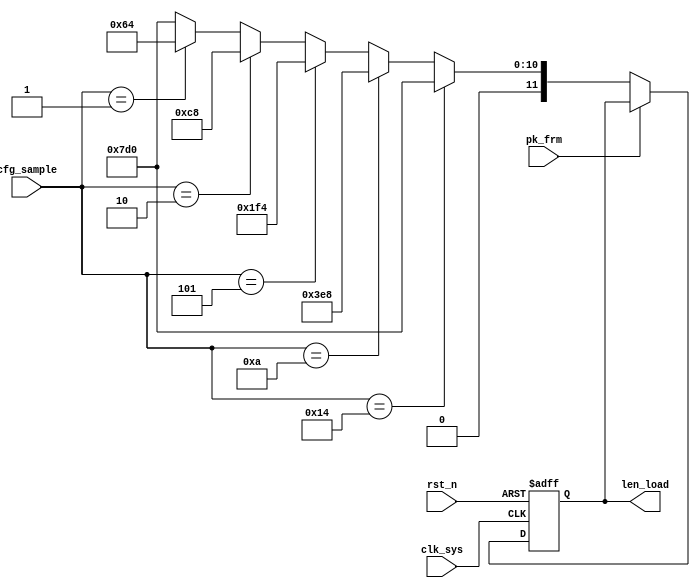
//pack_base.v

module pack_base(
len_load,
pk_frm,
cfg_sample,
//clk rst
clk_sys,
rst_n
);
output [11:0]	len_load;
input					pk_frm;
input [7:0]		cfg_sample;
//clk rst
input clk_sys;
input rst_n;
//-------------------------------------------
//-------------------------------------------

reg [11:0] len_load;
always @ (posedge clk_sys or negedge rst_n)	begin
	if(~rst_n)
		len_load <= 12'h0;
	else if(~pk_frm) begin
`ifdef SIM
		len_load <= (cfg_sample == 8'd20) ? 12'd20 :
								(cfg_sample == 8'd10) ? 12'd10 :
								(cfg_sample == 8'd5) ? 12'd5 :
								(cfg_sample == 8'd2) ? 12'd2 :
								(cfg_sample == 8'd1) ? 12'd1 : 12'd20;
`else 
		len_load <= (cfg_sample == 8'd20) ? 12'd2000 :
								(cfg_sample == 8'd10) ? 12'd1000 :
								(cfg_sample == 8'd5) ? 12'd500 :
								(cfg_sample == 8'd2) ? 12'd200 :
								(cfg_sample == 8'd1) ? 12'd100 : 12'd2000;
`endif
	end
	else ;
end


endmodule